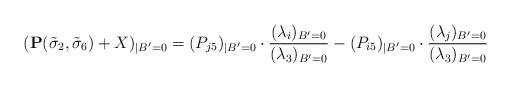
LaTeX: \begin{align*} (\mathbf{P}(\tilde\sigma_2,\tilde\sigma_6)+X)_{|B'=0}=(P_{j5})_{|B'=0}\cdot {(\lambda_i)_{B'=0}\over(\lambda_3)_{B'=0}}-(P_{i5})_{|B'=0}\cdot {(\lambda_j)_{B'=0}\over(\lambda_3)_{B'=0}}\end{align*}